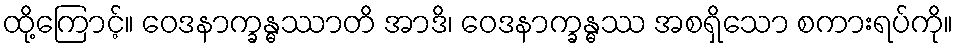
ထို့ကြောင့်။ ဝေဒနာက္ခန္ဓဿာတိ အာဒိ၊ ဝေဒနာက္ခန္ဓဿ အစရှိသော စကားရပ်ကို။